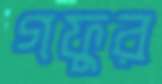
গফুর